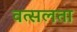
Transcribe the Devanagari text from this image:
वत्सलता